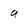
Character: 9